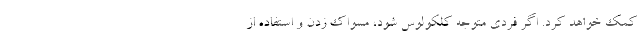
کمک خواهد کرد. اگر فردی متوجه کلکولوس شود، مسواک زدن و استفاده از